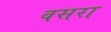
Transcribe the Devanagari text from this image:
वसरा